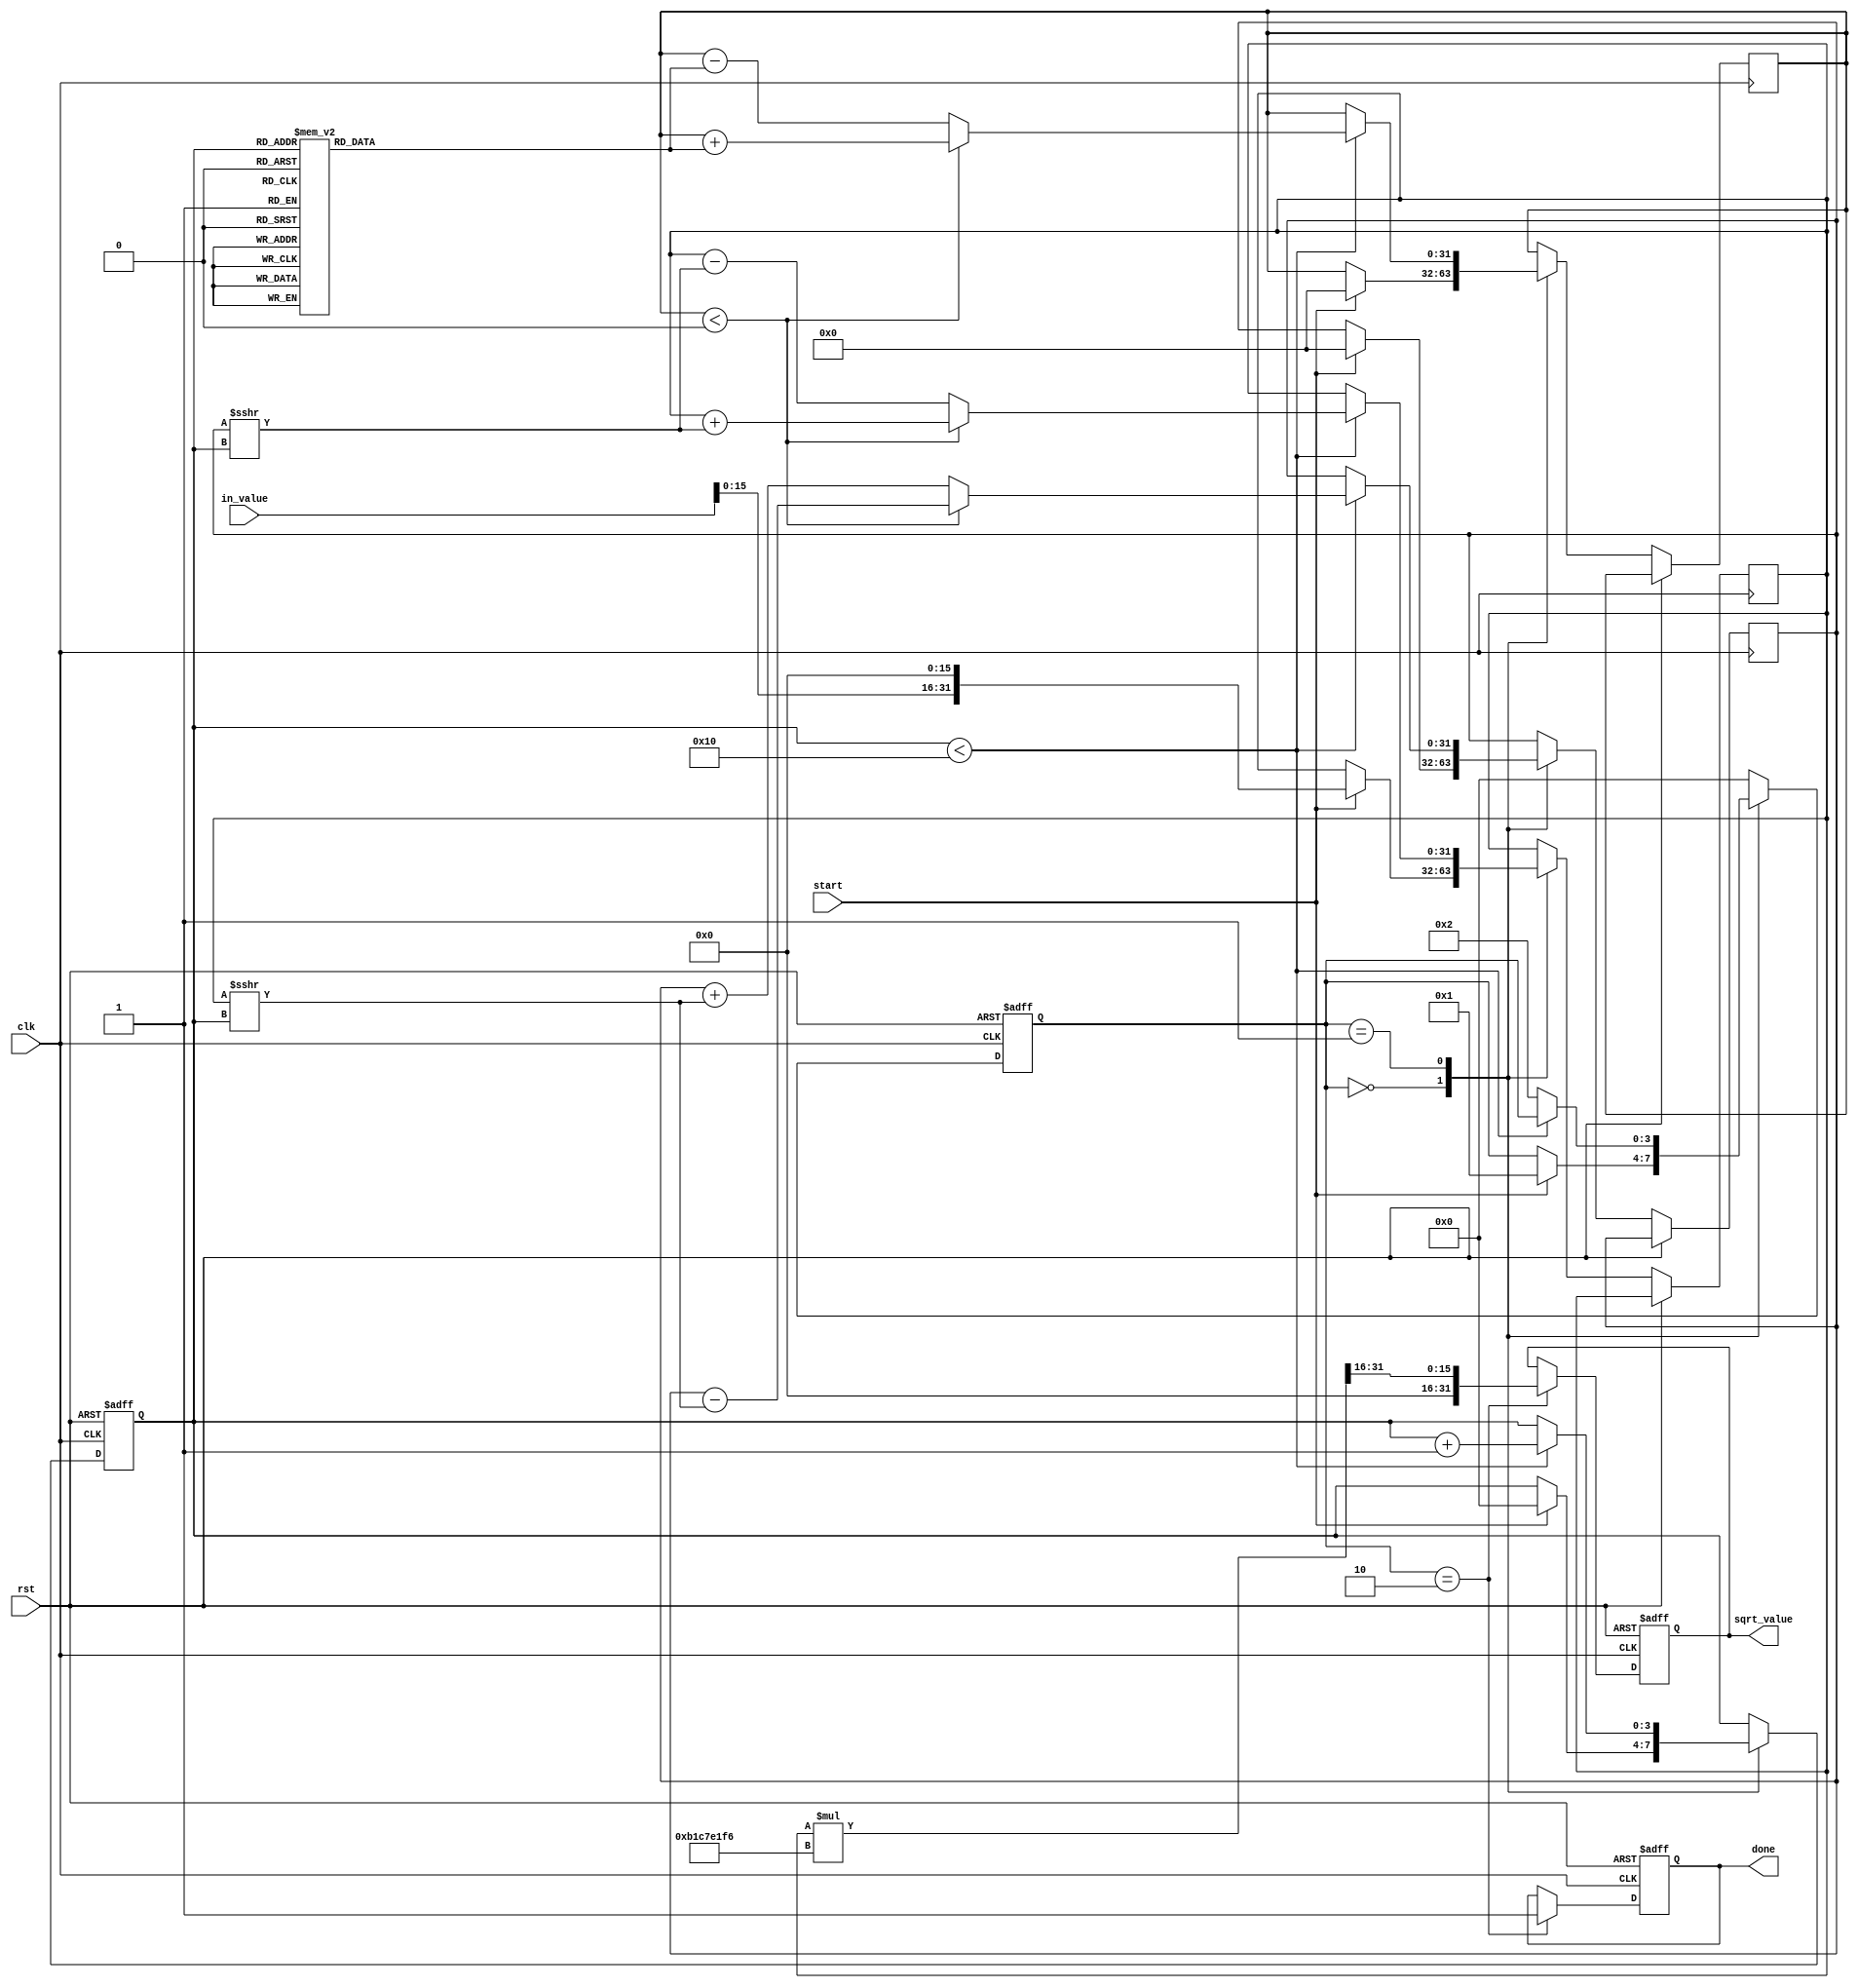
module CORDIC_Sqrt (
    input wire clk,
    input wire rst,
    input wire start,
    input wire [31:0] in_value, // 32-bit input value
    output reg [31:0] sqrt_value, // 32-bit output for square root
    output reg done // Indicates completion
);

    parameter NUM_ITER = 16; // Number of iterations
    parameter K = 32'hB1C7E1F6; // Scaling factor (approximation of 1/K)

    reg [31:0] x; // X coordinate
    reg [31:0] y; // Y coordinate
    reg [31:0] z; // Angle (initially zero)
    
    reg [3:0] state; // State machine
    reg [3:0] iteration; // Iteration counter

    // CORDIC constants (arctan(2^-i) for i = 0 to 15)
    reg [31:0] atan_table [0:NUM_ITER-1];

    initial begin
        // Initialize the arctangent lookup table
        atan_table[0] = 32'h20000000; // atan(1) = pi/4
        atan_table[1] = 32'h14000000; // atan(0.5)
        atan_table[2] = 32'h0A000000; // atan(0.25)
        atan_table[3] = 32'h05000000; // atan(0.125)
        // ... (populate with more values as needed) ...
        atan_table[14] = 32'h00000001; // atan(2^-14)
        atan_table[15] = 32'h00000000; // atan(2^-15) (for simplicity)
    end

    // State Machine
    always @(posedge clk or posedge rst) begin
        if (rst) begin
            state <= 0;
            sqrt_value <= 0;
            done <= 0;
            iteration <= 0;
        end else begin
            case (state)
                0: begin // Initialization state
                    if (start) begin
                        x <= in_value << 16; // Scale input
                        y <= 0; // Start with zero
                        z <= 0; // Initial angle
                        iteration <= 0; // Reset iteration
                        state <= 1; // Move to iteration state
                    end
                end
                
                1: begin // Iteration state
                    if (iteration < NUM_ITER) begin
                        // Perform CORDIC rotation
                        if (z < 0) begin
                            x <= x + (y >>> iteration);
                            y <= y - (x >>> iteration);
                            z <= z + atan_table[iteration];
                        end else begin
                            x <= x - (y >>> iteration);
                            y <= y + (x >>> iteration);
                            z <= z - atan_table[iteration];
                        end
                        iteration <= iteration + 1; // Next iteration
                    end else begin
                        state <= 2; // Move to completion state
                    end
                end
                
                2: begin // Completion state
                    sqrt_value <= (x * K) >> 16; // Scale back the result
                    done <= 1; // Indicate completion
                    state <= 0; // Reset state for next operation
                end
                
                default: state <= 0; // Safety net
            endcase
        end
    end
endmodule